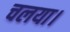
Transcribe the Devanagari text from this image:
चलया।